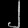
Digit: ၂